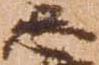
忍